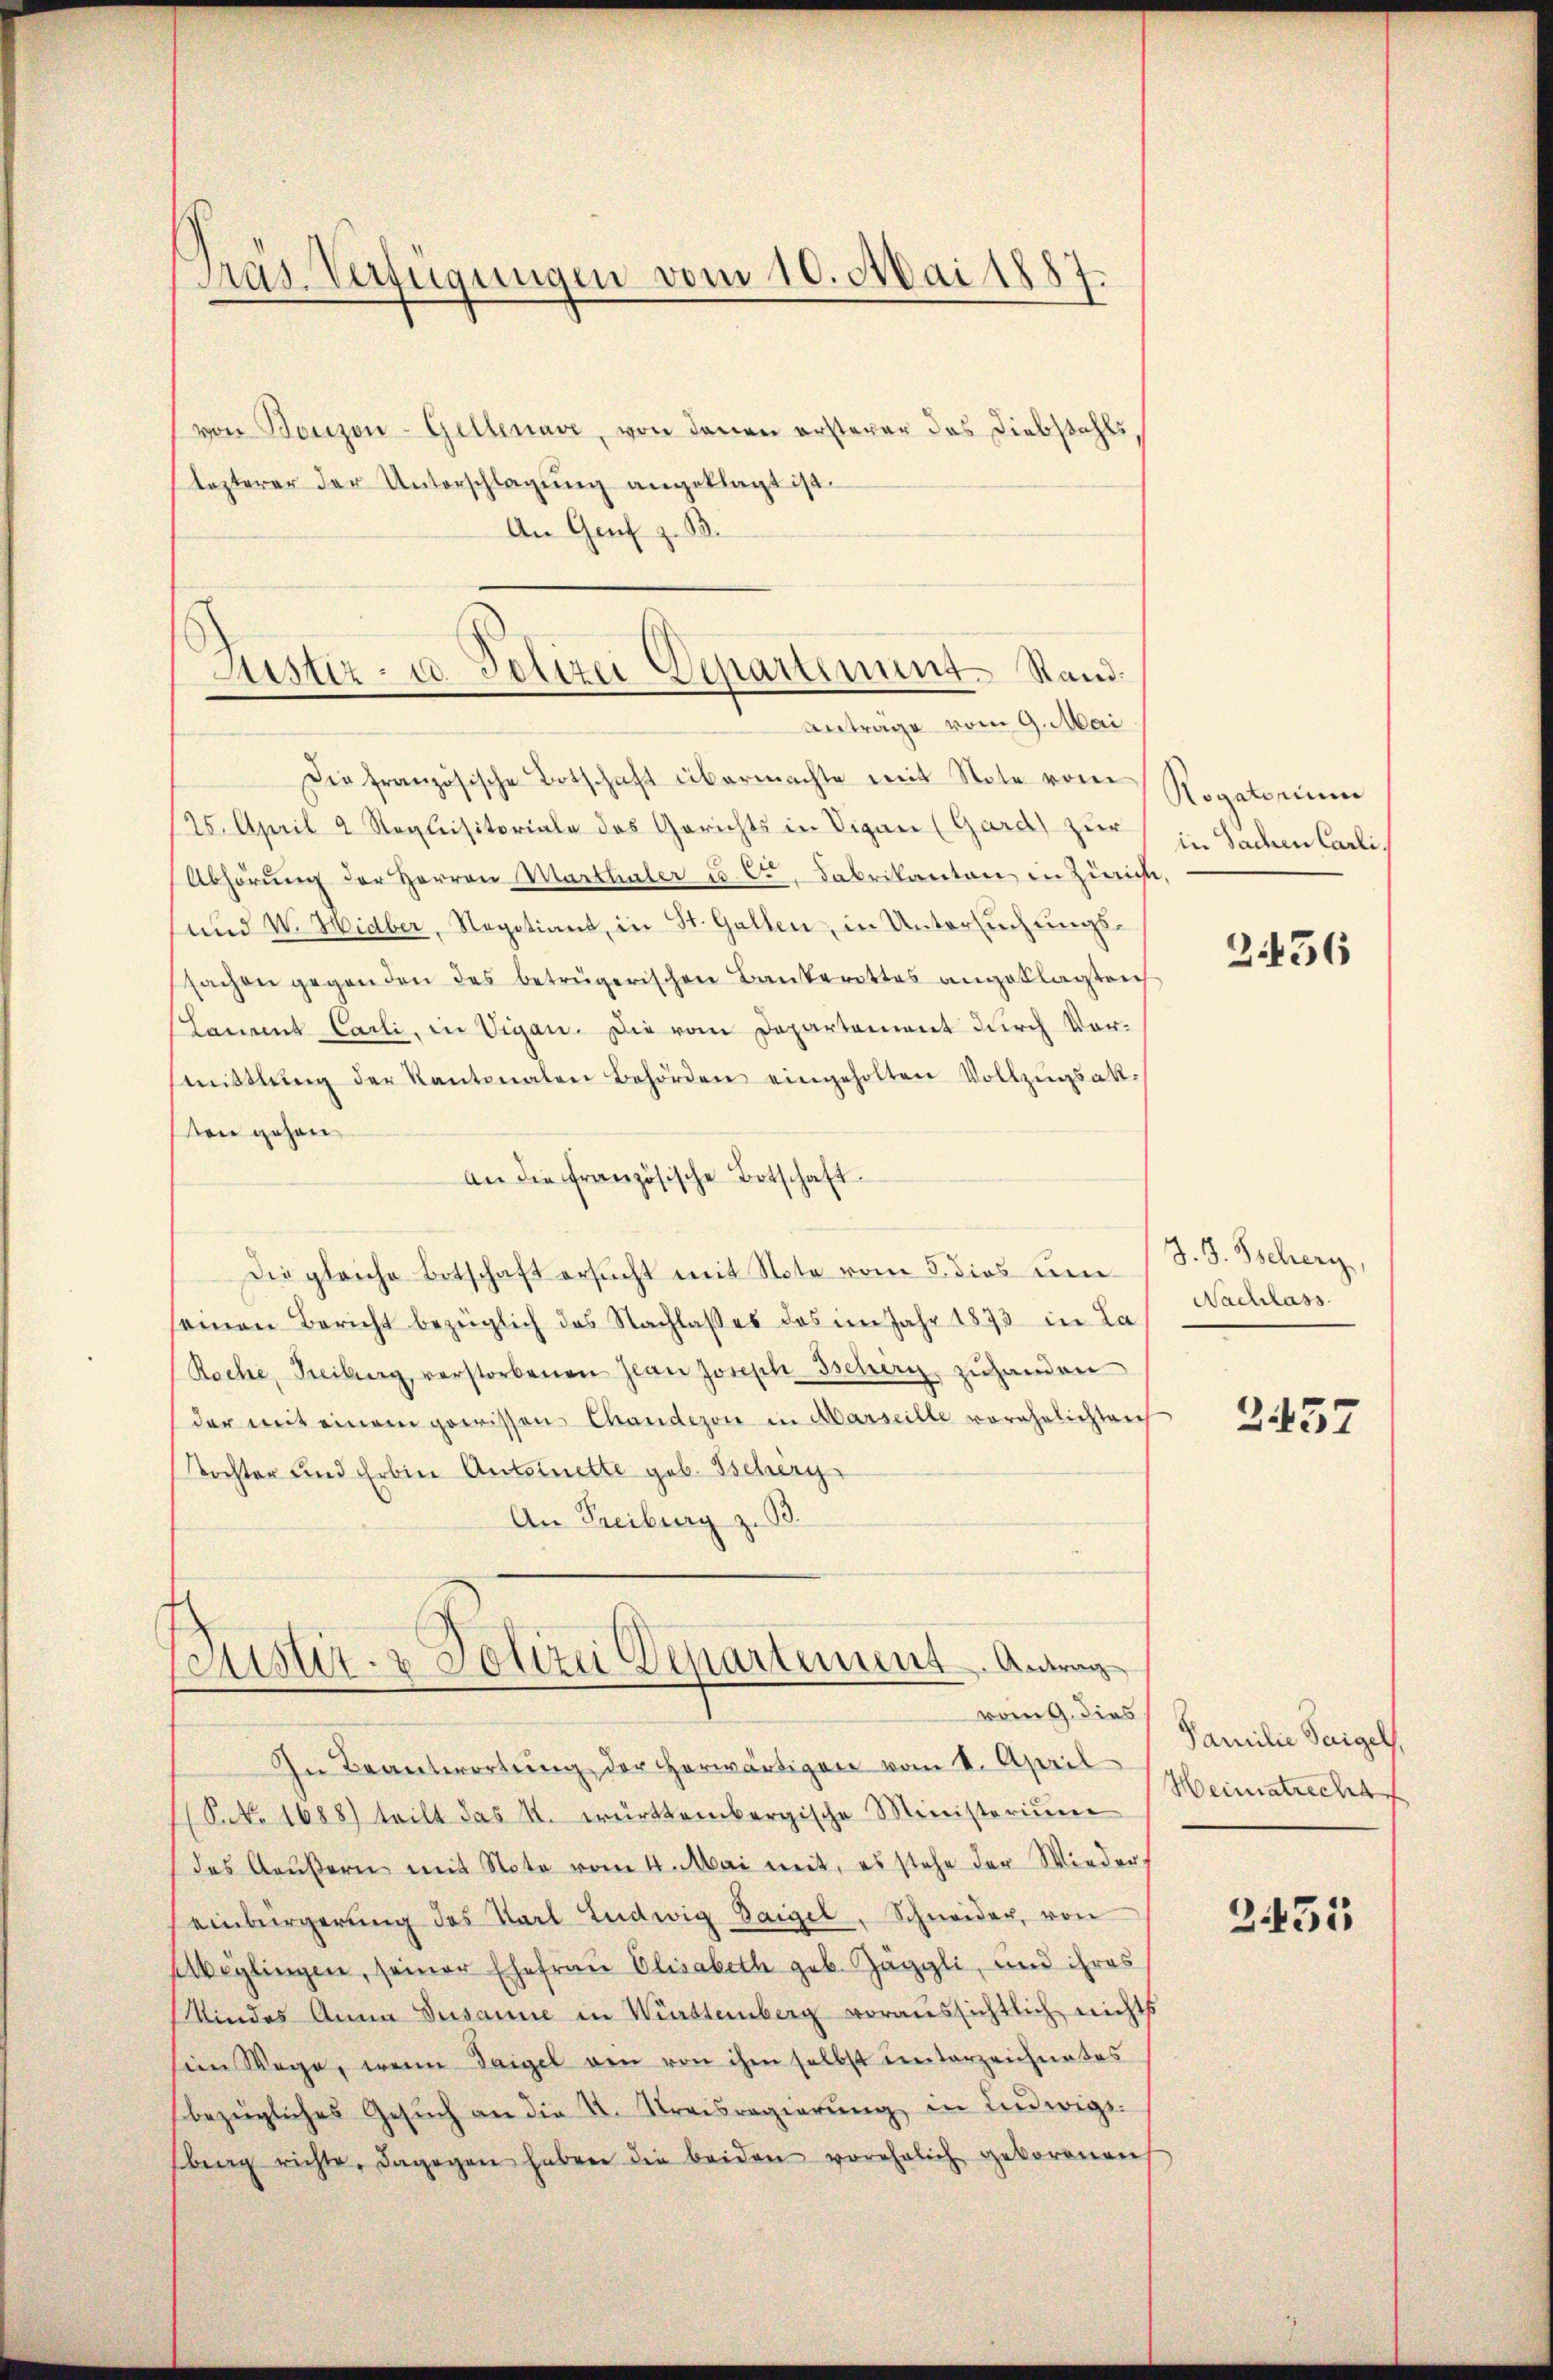
Präs. Verfügungen vom 10. Mai 1887.

von Bonzon-Gellenare, von denen ersterer das Liebstahls
lezterer der Unterschlagung angeklagt ist.
An Genf z. B.
Die französische Botschaft übermachte mit Note vom
125. April 2 Requisitoriale des Gerichts in Vigan (Gard) zur
Abhörung der Herren Marthaler u. 6., Fabrikanton in Zürichte
und V. Hidber, Negotiant, in St. Gallen, in Untersuchungssachen gegenden des betrügerischen Bankerottes angeklagten
Lament Carli, in Vigan. Die vom Departement durch Vormittlung der Kantonalen Behörden eingeholten Vollzŭgsak-
von gehen
an die Französische Botschaft.
Die gleiche Botschaft ersucht mit Note vom 5. dies um
einen Bericht bezüglich das Nachlasses das im Jahr 1873 in La
(Reche, Freiburg verstorbenen Jean Joseph Tschery zuhanden
der mit einem gewissen Chandezon in Marseille vorehelichtenh
Tochter und Erben Antonette geb. Tscherg
An Freiburg z. B.
Coustiz- & Polizei Departement. Antrag

Justiz- u. Polizei Departement. Stand.
Antrage vom 9. Mai

vong. dies

Rogatorium
in Sachen Carli,

In Beantwortŭng der herwärtigen vom I. April
(S.N. 1688) teilt das 1. württembergische Ministerium
das Aeußern mit Note vom 4. Mai mit, es stehe der Wieder
einbürgerung des Karl Ludwig Saigel, Schneider, von
Aböglingen, seiner Ehefrau Elisabeth geb. Jäggli, und ihres
Kindes Anna Susanne in Württemberg voraussichtlich nichts
sien Wege, wenn Tagel von von ihm selbst unterzeichnetes
bezügliches Gesŭch an die St. Kreisregierŭng in Ludwigs.
bing richte, dagegen haben die beiden vorehelich geborenen

2456

J. J. Scher,
Nachlass

2457

Familie Teigel.
Heimatrecht

2455